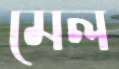
মেল